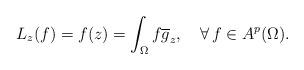
LaTeX: \begin{align*}L_z(f)=f(z)=\int_\Omega{f}\overline{g}_z,\ \ \ \forall\, f\in{A^p(\Omega)}.\end{align*}